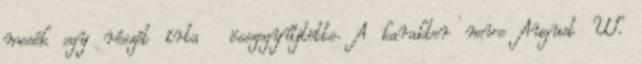
mesék egy részét írta összegyűjtötte. A karakter neve August W.